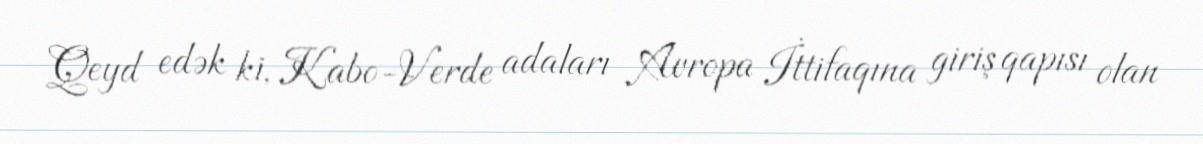
Qeyd edək ki, Kabo-Verde adaları Avropa İttifaqına giriş qapısı olan